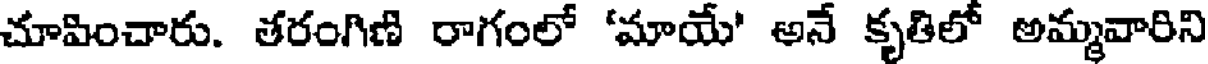
చూపించారు. తరంగిణి రాగంలో 'మాయే' అనే కృతిలో అమ్మవారిని